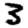
Digit: 3